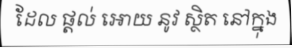
ដែល ផ្តល់ អោយ នូវ ស្ថិត នៅក្នុង